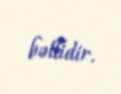
bəllidir.